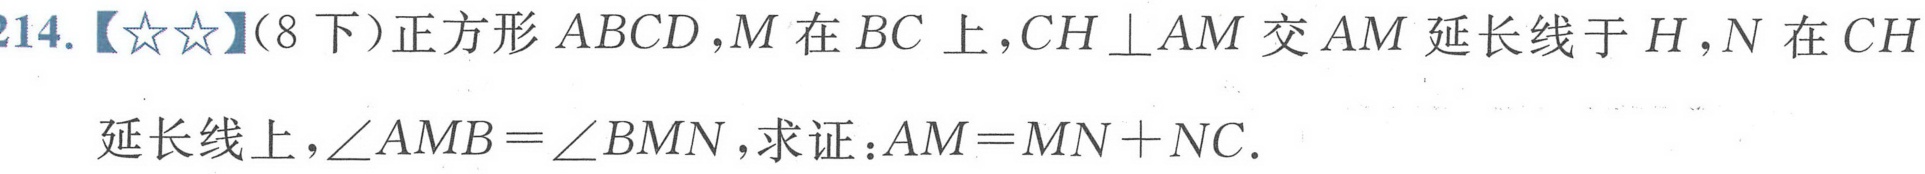
214.【★★】(8下)正方形 \(ABCD\)，\(M\)在 \(BC\) 上，\(CH\perp AM\) 交 \(AM\) 延长线于 \(H\)，\(N\) 在 \(CH\)延长线上，\(\angle AMB = \angle BMN\)，求证：\(AM=MN + NC\).